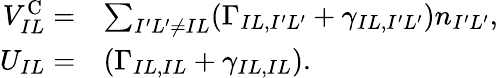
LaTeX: \begin{array}{rl}{V_{IL}^{\mathrm{C}}=}&{\sum_{{I^{\prime}L^{\prime}\ne IL}}(\Gamma_{IL,I^{\prime}L^{\prime}}+\gamma_{IL,I^{\prime}L^{\prime}})n_{I^{\prime}L^{\prime}},}\\ {U_{IL}=}&{\left(\Gamma_{IL,IL}+\gamma_{IL,IL}\right).}\end{array}